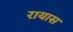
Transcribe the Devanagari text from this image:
रायास